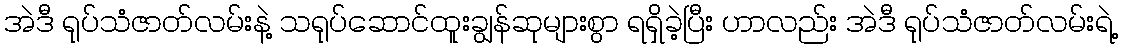
အဲဒီ ရုပ်သံဇာတ်လမ်းနဲ့ သရုပ်ဆောင်ထူးချွန်ဆုများစွာ ရရှိခဲ့ပြီး ဟာလည်း အဲဒီ ရုပ်သံဇာတ်လမ်းရဲ့